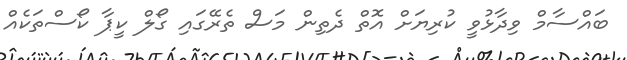
ބައްސާމް ވިދާޅުވީ ކުރިޔަށް އޮތް ދެތިން މަސް ތެރޭގައި ގޯލް ކީޕާ ކޯސްތަކެއް